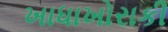
ખાધાખોરાકી